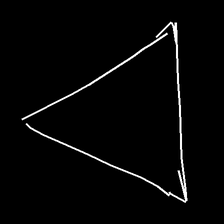
Glyph: convergence